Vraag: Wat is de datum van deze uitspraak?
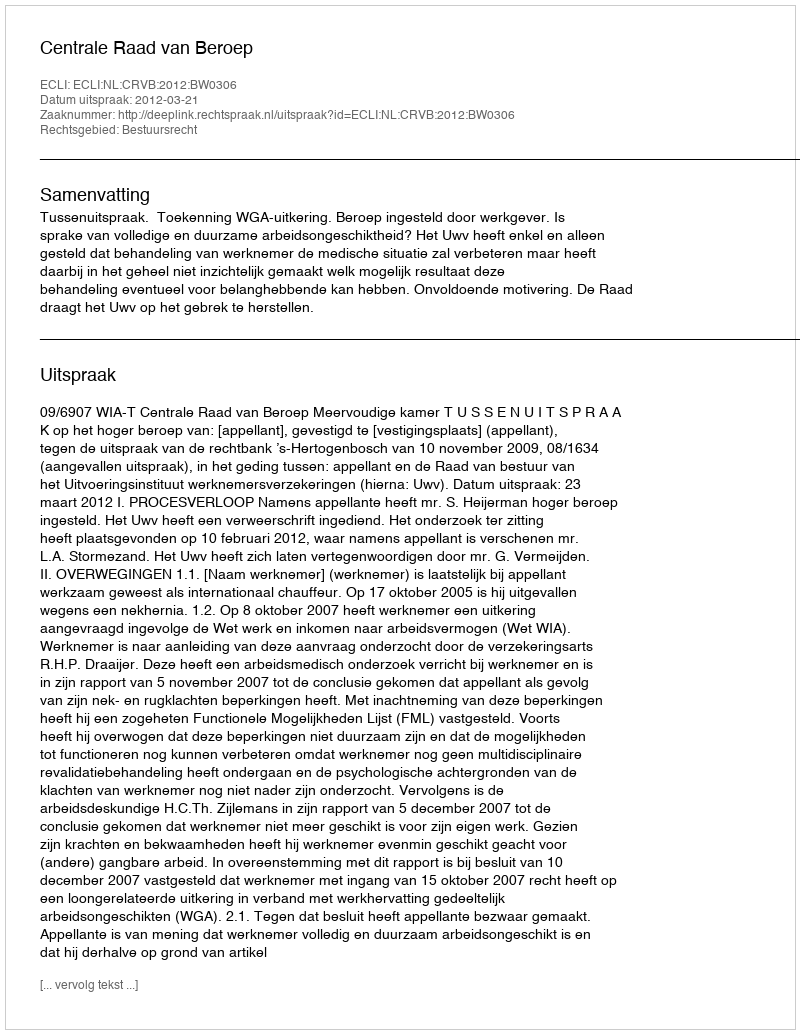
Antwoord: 2012-03-21